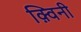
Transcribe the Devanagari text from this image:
क़्विनी